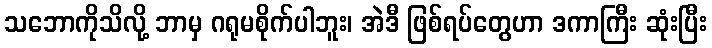
သဘောကိုသိလို့ ဘာမှ ဂရုမစိုက်ပါဘူး၊ အဲဒီ ဖြစ်ရပ်တွေဟာ ဒကာကြီး ဆုံးပြီး